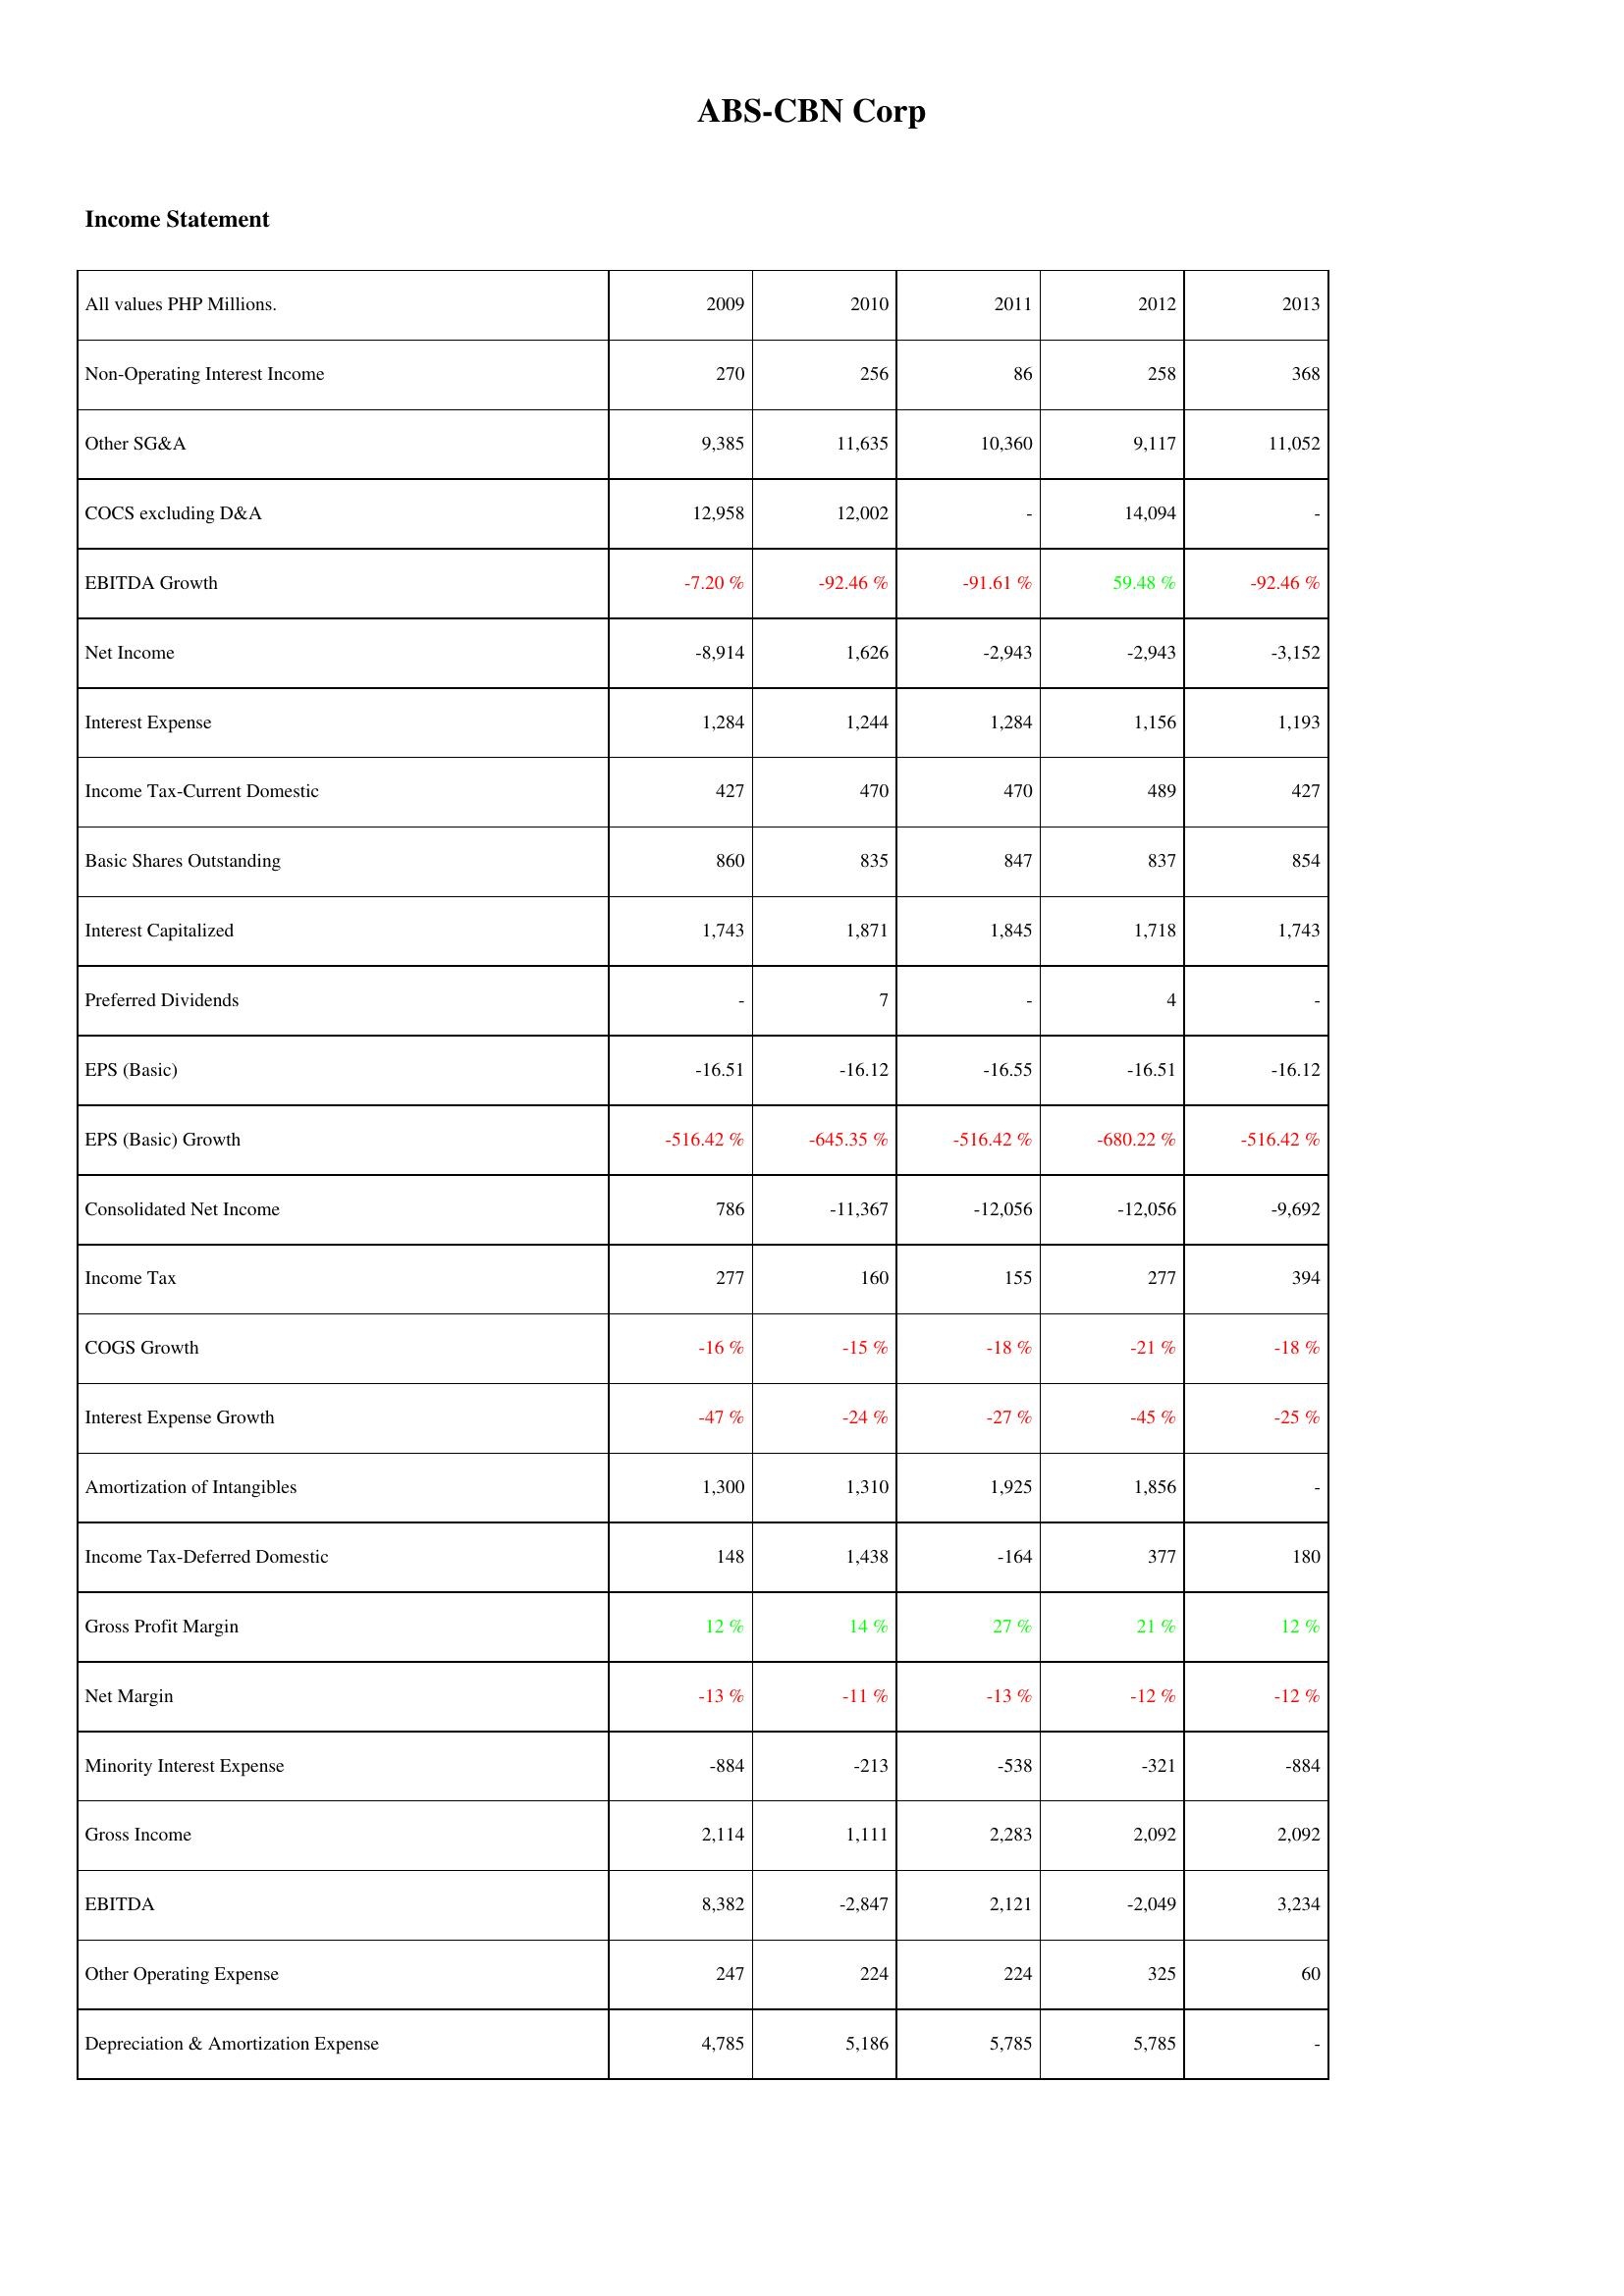
2009: Income Statement: Non-Operating Interest Income: 270
Other SG&A: 9,385
COCS excluding D&A: 12,958
EBITDA Growth: -7.20 %
Net Income: -8,914
Interest Expense: 1,284
Income Tax-Current Domestic: 427
Basic Shares Outstanding: 860
Interest Capitalized: 1,743
Preferred Dividends: -
EPS (Basic): -16.51
EPS (Basic) Growth: -516.42 %
Consolidated Net Income: 786
Income Tax: 277
COGS Growth: -16 %
Interest Expense Growth: -47 %
Amortization of Intangibles: 1,300
Income Tax-Deferred Domestic: 148
Gross Profit Margin: 12 %
Net Margin: -13 %
Minority Interest Expense: -884
Gross Income: 2,114
EBITDA: 8,382
Other Operating Expense: 247
Depreciation & Amortization Expense: 4,785
2010: Income Statement: Non-Operating Interest Income: 256
Other SG&A: 11,635
COCS excluding D&A: 12,002
EBITDA Growth: -92.46 %
Net Income: 1,626
Interest Expense: 1,244
Income Tax-Current Domestic: 470
Basic Shares Outstanding: 835
Interest Capitalized: 1,871
Preferred Dividends: 7
EPS (Basic): -16.12
EPS (Basic) Growth: -645.35 %
Consolidated Net Income: -11,367
Income Tax: 160
COGS Growth: -15 %
Interest Expense Growth: -24 %
Amortization of Intangibles: 1,310
Income Tax-Deferred Domestic: 1,438
Gross Profit Margin: 14 %
Net Margin: -11 %
Minority Interest Expense: -213
Gross Income: 1,111
EBITDA: -2,847
Other Operating Expense: 224
Depreciation & Amortization Expense: 5,186
2011: Income Statement: Non-Operating Interest Income: 86
Other SG&A: 10,360
COCS excluding D&A: -
EBITDA Growth: -91.61 %
Net Income: -2,943
Interest Expense: 1,284
Income Tax-Current Domestic: 470
Basic Shares Outstanding: 847
Interest Capitalized: 1,845
Preferred Dividends: -
EPS (Basic): -16.55
EPS (Basic) Growth: -516.42 %
Consolidated Net Income: -12,056
Income Tax: 155
COGS Growth: -18 %
Interest Expense Growth: -27 %
Amortization of Intangibles: 1,925
Income Tax-Deferred Domestic: -164
Gross Profit Margin: 27 %
Net Margin: -13 %
Minority Interest Expense: -538
Gross Income: 2,283
EBITDA: 2,121
Other Operating Expense: 224
Depreciation & Amortization Expense: 5,785
2012: Income Statement: Non-Operating Interest Income: 258
Other SG&A: 9,117
COCS excluding D&A: 14,094
EBITDA Growth: 59.48 %
Net Income: -2,943
Interest Expense: 1,156
Income Tax-Current Domestic: 489
Basic Shares Outstanding: 837
Interest Capitalized: 1,718
Preferred Dividends: 4
EPS (Basic): -16.51
EPS (Basic) Growth: -680.22 %
Consolidated Net Income: -12,056
Income Tax: 277
COGS Growth: -21 %
Interest Expense Growth: -45 %
Amortization of Intangibles: 1,856
Income Tax-Deferred Domestic: 377
Gross Profit Margin: 21 %
Net Margin: -12 %
Minority Interest Expense: -321
Gross Income: 2,092
EBITDA: -2,049
Other Operating Expense: 325
Depreciation & Amortization Expense: 5,785
2013: Income Statement: Non-Operating Interest Income: 368
Other SG&A: 11,052
COCS excluding D&A: -
EBITDA Growth: -92.46 %
Net Income: -3,152
Interest Expense: 1,193
Income Tax-Current Domestic: 427
Basic Shares Outstanding: 854
Interest Capitalized: 1,743
Preferred Dividends: -
EPS (Basic): -16.12
EPS (Basic) Growth: -516.42 %
Consolidated Net Income: -9,692
Income Tax: 394
COGS Growth: -18 %
Interest Expense Growth: -25 %
Amortization of Intangibles: -
Income Tax-Deferred Domestic: 180
Gross Profit Margin: 12 %
Net Margin: -12 %
Minority Interest Expense: -884
Gross Income: 2,092
EBITDA: 3,234
Other Operating Expense: 60
Depreciation & Amortization Expense: -